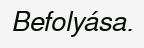
Befolyása.